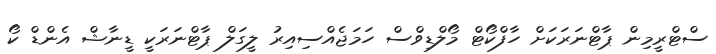
ސްޓްރީމިން ޕާޓްނަރަކަށް ހާފްކޯޓް މޯލްޑިވްސް ހަމަޖެއްސިއިރު ލީގަލް ޕާޓްނަރަކީ ޑީނާޝް އެންޑް ކޯ